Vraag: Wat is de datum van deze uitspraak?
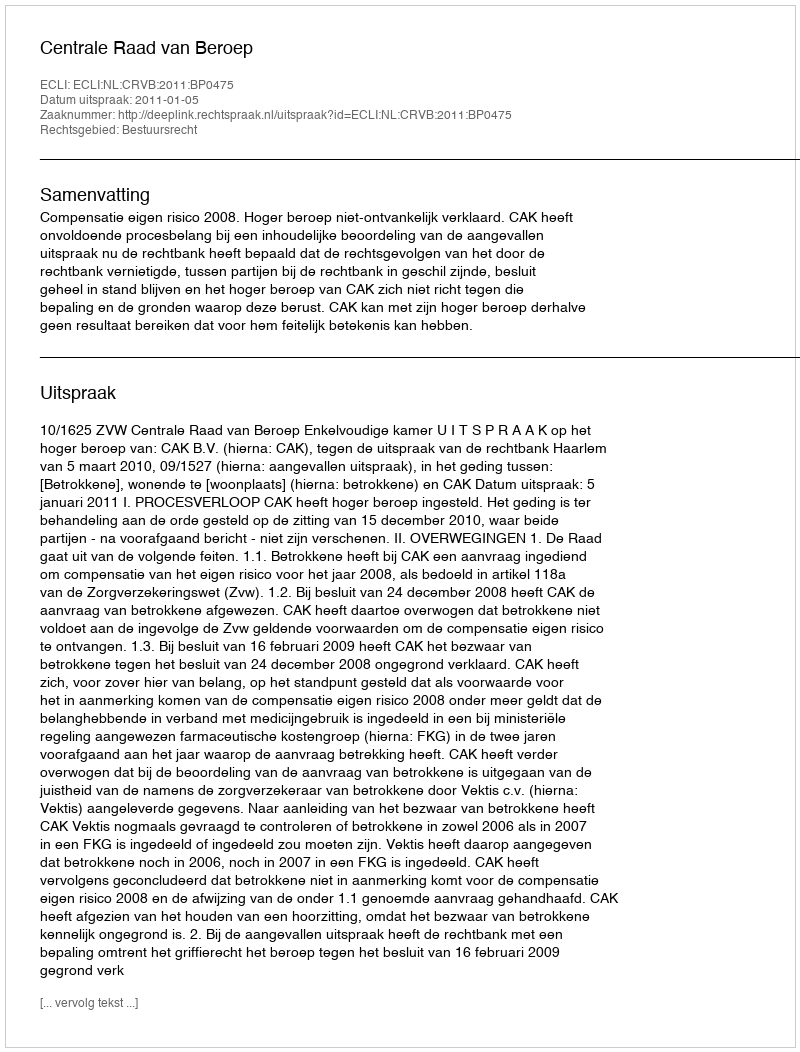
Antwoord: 2011-01-05